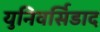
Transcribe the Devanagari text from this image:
युनिवर्सिडाद